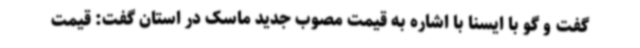
گفت و گو با ایسنا با اشاره به قیمت مصوب جدید ماسک در استان گفت: قیمت